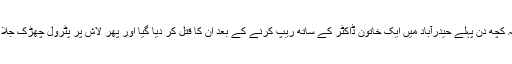
بتا دیں کہ کچھ دن پہلے حیدرآباد میں ایک خاتون ڈاکٹر کے ساتھ ریپ کرنے کے بعد ان کا قتل کر دیا گیا اور پھر لاش پر پٹرول چھڑک جلا دی گئی۔